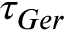
\tau _ { G e r }